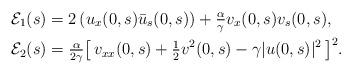
LaTeX: \begin{align*}&\mathcal{E}_1(s)=2\,(u_x(0,s)\bar{u}_s(0,s))+\tfrac{\alpha}{\gamma}v_x(0,s)v_s(0,s),\\&\mathcal{E}_2(s)=\tfrac{\alpha}{2\gamma}\big[\,v_{xx}(0,s)+\tfrac12 v^2(0,s) -\gamma|u(0,s)|^2\,\big]^2.\end{align*}